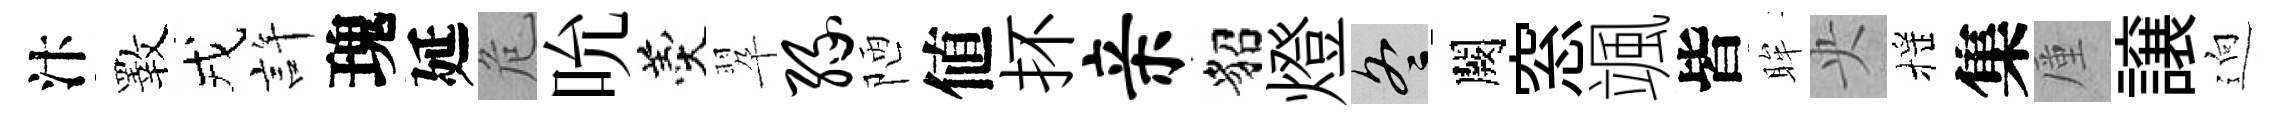
汴斁戎許瑰延危吮羹翆缘陋値抔亲貂燈冬闕窓颯皆眸央摇集厪譲逈